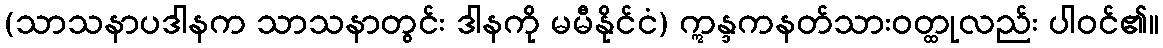
(သာသနာပဒါနက သာသနာတွင်း ဒါနကို မမီနိုင်ငံ) ဣန္ဒကနတ်သားဝတ္ထုလည်း ပါဝင်၏။